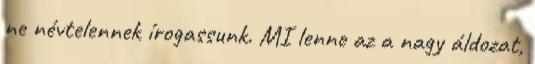
ne névtelennek írogassunk. MI lenne az a nagy áldozat,